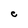
Character: C